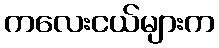
ကလေးငယ်များက